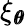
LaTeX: \xi_{\pmb{\theta}}